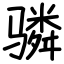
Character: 𬴊